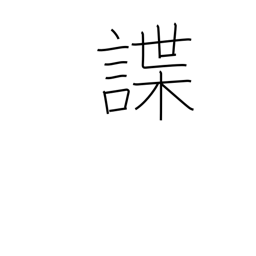
Meaning: reconnoiter